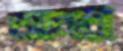
আনর